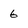
Character: 6